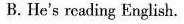
B. He's reading English.